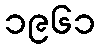
၁၉၆၁